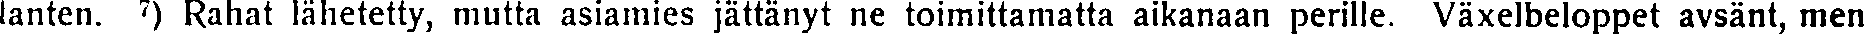
lanten. ⁷) Rahat lähetetty, mutta asiamies jättänyt ne toimittamatta aikanaan perille. Växelbeloppet avsänt, men